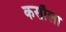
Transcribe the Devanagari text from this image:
कसौला